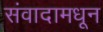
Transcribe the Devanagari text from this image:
संवादामधून